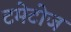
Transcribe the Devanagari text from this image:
टमेटोज